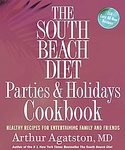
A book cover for The South Beach Diet Parties and Holidays Cookbook: Healthy Recipes for Entertaining Family and Friends [Paperback]; Dr. Arthur Agatston MD (Author); Health, Fitness & Dieting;